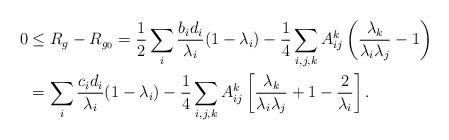
LaTeX: \begin{align*}0&\leq R_g- R_{g_0} = \frac{1}{2} \sum_{i} \frac{b_id_i}{\lambda_i} (1-\lambda_i) -\frac{1}{4} \sum_{i, j, k}A^k_{ij} \left(\frac{\lambda_{k}}{\lambda_i\lambda_{j}}-1\right) \\&= \sum_{i} \frac{c_id_i}{\lambda_i} (1-\lambda_i) -\frac{1}{4} \sum_{i, j, k}A^k_{ij}\left[ \frac{\lambda_{k}}{\lambda_i\lambda_{j }} +1 - \frac{2}{\lambda_i} \right].\end{align*}